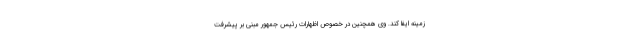
زمینه ایفا کند. وی همچنین در خصوص اظهارات رئیس جمهور مبنی بر پیشرفت